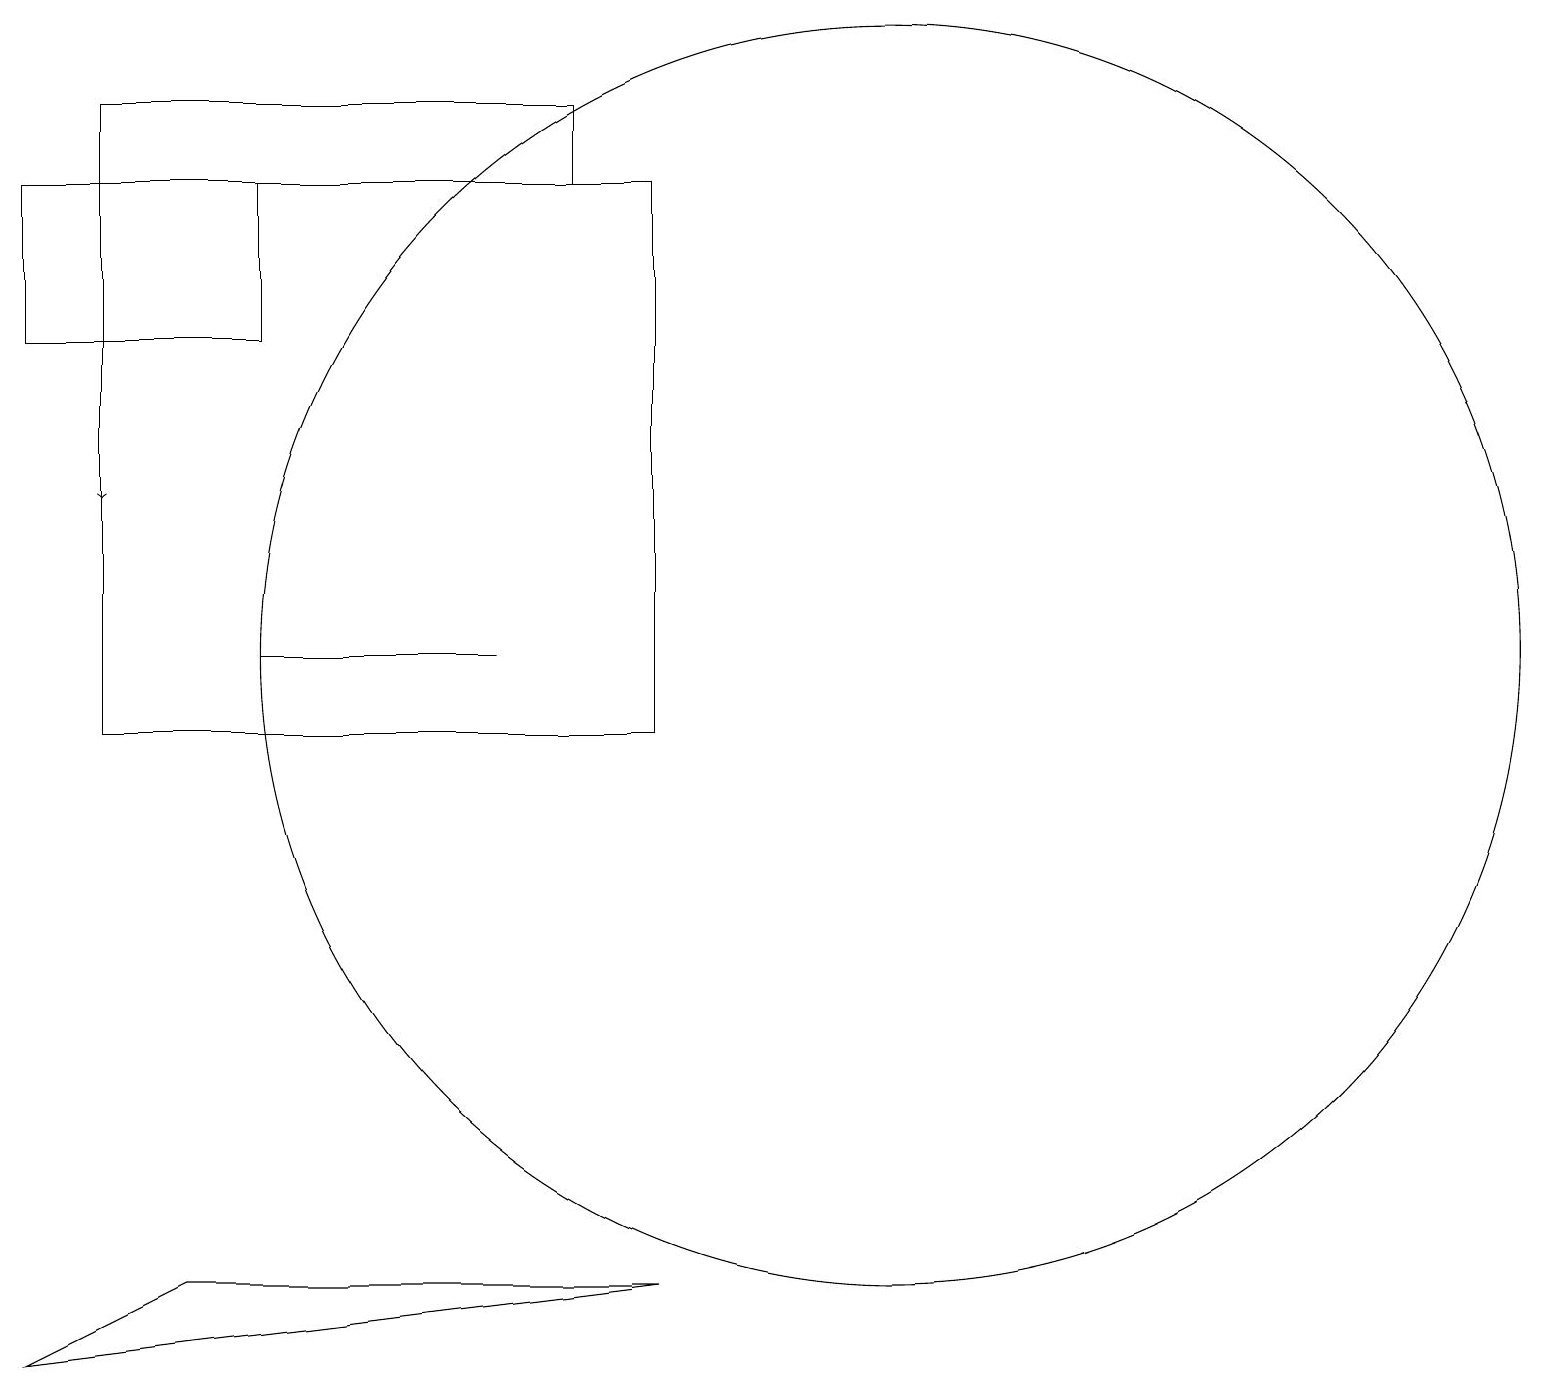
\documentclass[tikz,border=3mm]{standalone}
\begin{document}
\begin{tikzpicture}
\draw (11,12) circle (8);
\draw (8,18) rectangle (1,11);
\draw (3,18) rectangle (0,16);
\draw (7,19) rectangle (1,18);
\draw (2,4) -- (0,3) -- (8,4) -- cycle;
\draw (6,12) rectangle (3,12);
\draw[->] (1,16) -- (1,14);
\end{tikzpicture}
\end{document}